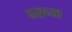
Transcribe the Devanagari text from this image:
घराच्‍या